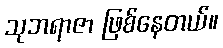
သုဘရာဇာ ဖြစ်နေတယ်။